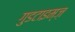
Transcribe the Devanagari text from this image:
गुडटाइम्ज़